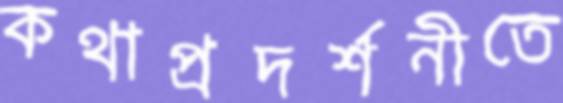
কথাপ্রদর্শনীতে